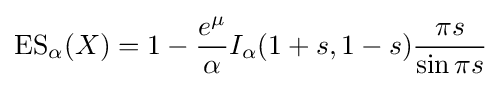
\operatorname {ES} _{\alpha }(X)=1-{\frac {e^{\mu }}{\alpha }}I_{\alpha }(1+s,1-s){\frac {\pi s}{\sin \pi s}}